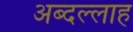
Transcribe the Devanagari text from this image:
अब्दल्लाह